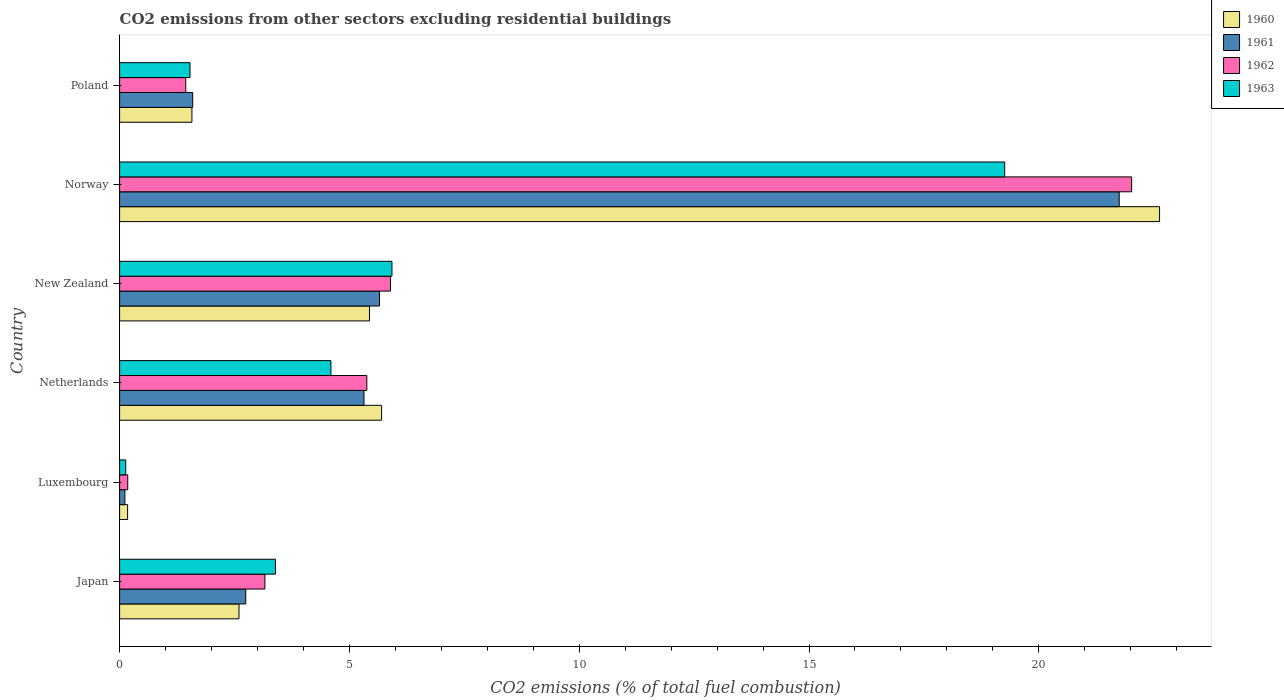
| Country | 1960 | 1961 | 1962 | 1963 |
 | --- | --- | --- | --- | --- |
 | Japan | 2.6 | 2.74 | 3.16 | 3.39 |
 | Luxembourg | 0.174 | 0.115 | 0.177 | 0.133 |
 | Netherlands | 5.7 | 5.32 | 5.38 | 4.6 |
 | New Zealand | 5.44 | 5.66 | 5.89 | 5.93 |
 | Norway | 22.6 | 21.7 | 22 | 19.3 |
 | Poland | 1.57 | 1.59 | 1.44 | 1.53 |